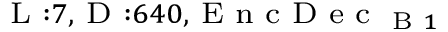
_ { \textrm { L } : 7 , \textrm { D } : 6 4 0 , \textrm { E n c D e c } _ { \textrm { B } 1 } }